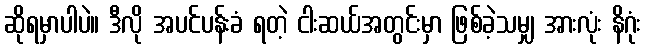
ဆိုရမှာပါပဲ။ ဒီလို အပင်ပန်းခံ ရတဲ့ ငါးဆယ်အတွင်းမှာ ဖြစ်ခဲ့သမျှ အားလုံး နိဂုံး